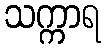
သက္ကာရ